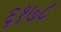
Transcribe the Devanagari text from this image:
६१७८